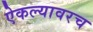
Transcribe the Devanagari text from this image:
ऐकल्यावरच